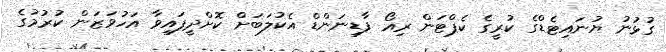
ގުޅުނު ޔުނައިޓެޑްގެ ކުރީގެ ކެޕްޓަން ރިއޯ ފާޑިނަންޑް އެކުލަބަށް ކޮށްދީފައިވާ އަހުވަޒަން ކުރުމުގެ